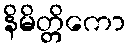
နိမိတ္တိကော